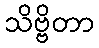
သိဗ္ဗိတာ